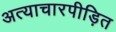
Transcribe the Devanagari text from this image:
अत्याचारपीड़ित